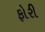
ફોરી